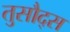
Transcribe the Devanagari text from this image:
तुसौद्स